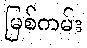
မြစ်ကမ်း